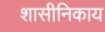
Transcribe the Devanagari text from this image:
शासीनिकाय